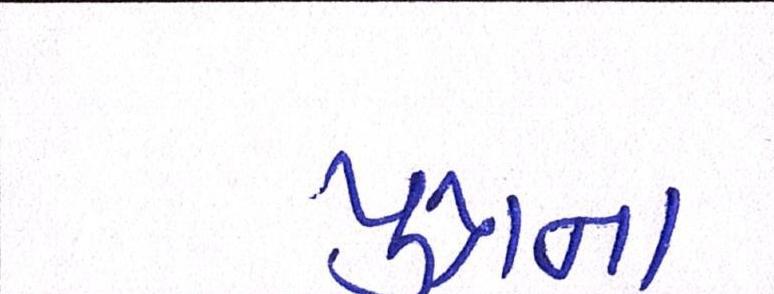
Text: પુત્રના